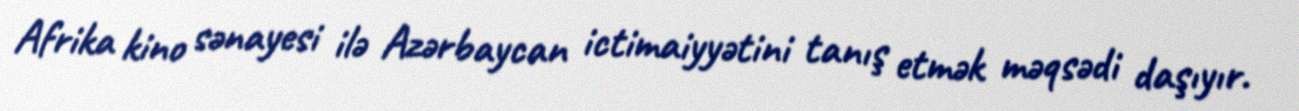
Afrika kino sənayesi ilə Azərbaycan ictimaiyyətini tanış etmək məqsədi daşıyır.